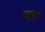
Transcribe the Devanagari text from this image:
जुट्टा